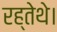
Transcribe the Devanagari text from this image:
रह्तेथे।